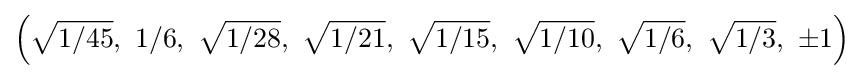
\left({\sqrt {1/45}},\ 1/6,\ {\sqrt {1/28}},\ {\sqrt {1/21}},\ {\sqrt {1/15}},\ {\sqrt {1/10}},\ {\sqrt {1/6}},\ {\sqrt {1/3}},\ \pm 1\right)